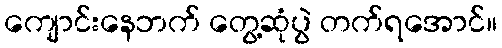
ကျောင်းနေဘက် တွေ့ဆုံပွဲ တက်ရအောင်။